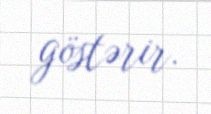
göstərir.